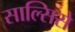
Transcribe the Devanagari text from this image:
साल्सिसे